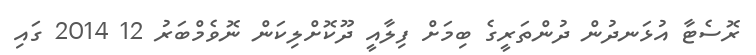
ރޮސެޓާ އުޅަނދުން ދުންތަރީގެ ބިމަށް ފިލާއީ ދޫކޮށްލިކަން ނޮވެމްބަރު 12 2014 ގައި